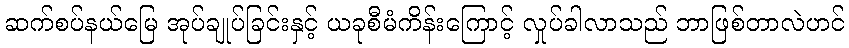
ဆက်စပ်နယ်မြေ အုပ်ချုပ်ခြင်းနှင့် ယခုစီမံကိန်းကြောင့် လှုပ်ခါလာသည် ဘာဖြစ်တာလဲဟင်